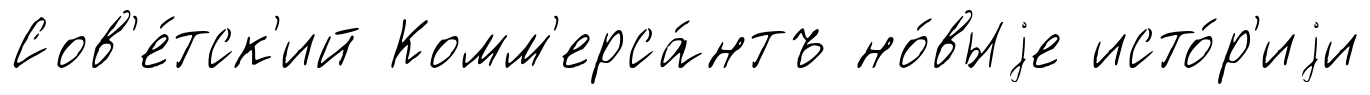
Сов'е́тск'ий Комм'ерса́нтъ но́выjе исто́р'иjи